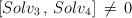
\begin{align*}\left[ Solv_3 \, , \, Solv_4 \right] \, \ne \, 0\end{align*}